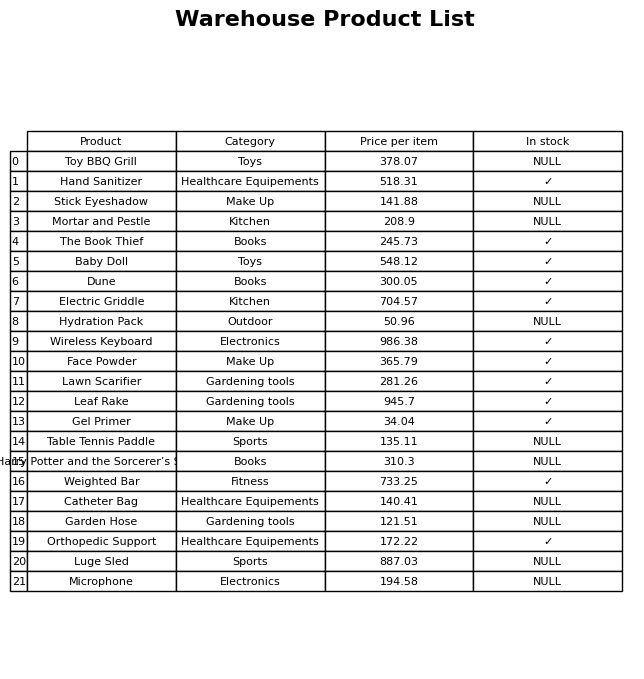
question: Which products are available in stock?
answer: Hand Sanitizer, The Book Thief, Baby Doll, Dune, Electric Griddle, Wireless Keyboard, Face Powder, Lawn Scarifier, Leaf Rake, Gel Primer, Weighted Bar, Orthopedic Support